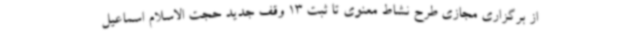
از برگزاری مجازی طرح نشاط معنوی تا ثبت 13 وقف جدید حجت الاسلام اسماعیل